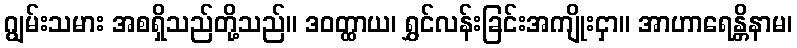
ဂျွမ်းသမား အစရှိသည်တို့သည်။ ဒဝတ္ထာယ၊ ရွှင်လန်းခြင်းအကျိုးငှာ။ အာဟာရေန္တိနာမ၊